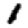
Digit: 1